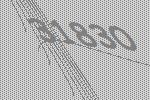
31830